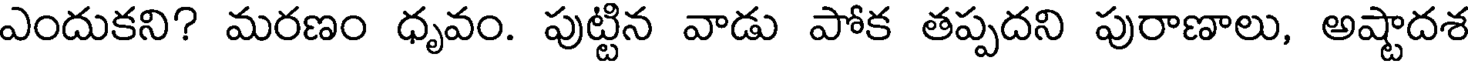
ఎందుకని? మరణం ధృవం. పుట్టిన వాడు పోక తప్పదని పురాణాలు, అష్టాదశ